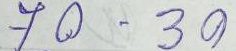
70 - 30